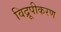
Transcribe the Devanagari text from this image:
विद्रूपीकरण